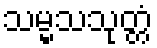
သမ္မသသုတ္တံ